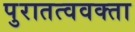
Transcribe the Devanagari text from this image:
पुरातत्ववक्ता